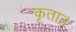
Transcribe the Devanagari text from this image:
कृताः।